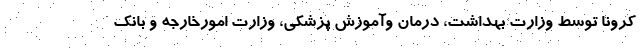
کرونا توسط وزارت بهداشت، درمان وآموزش پزشکی، وزارت امورخارجه و بانک